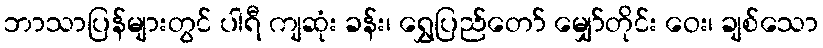
ဘာသာပြန်များတွင် ပါရီ ကျဆုံး ခန်း၊ ရွှေပြည်တော် မျှော်တိုင်း ဝေး၊ ချစ်သော